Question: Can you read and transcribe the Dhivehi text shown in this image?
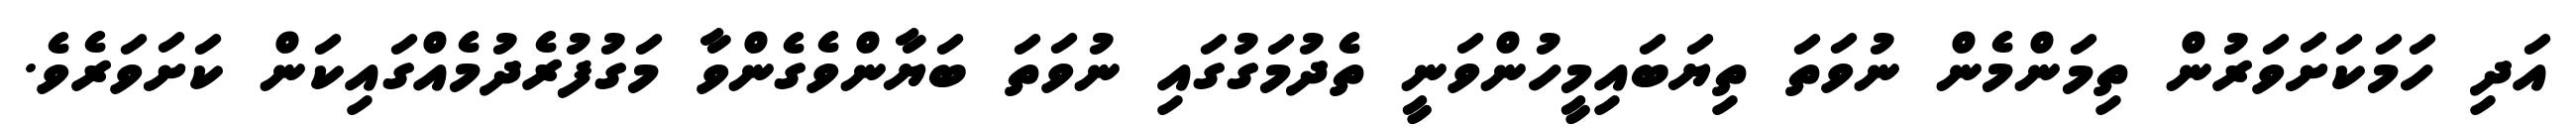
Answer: އަދި ހަމަކަށަވަރުން ތިމަންމެން ނުވަތަ ތިޔަބައިމީހުންވަނީ ތެދުމަގުގައި ނުވަތަ ބަޔާންވެގެންވާ މަގުފުރެދުމެއްގައިކަން ކަށަވަރެވެ.